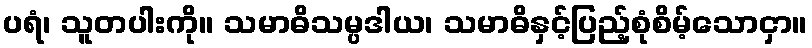
ပရံ၊ သူတပါးကို။ သမာဓိသမ္ပဒါယ၊ သမာဓိနှင့်ပြည့်စုံစိမ့်သောငှာ။